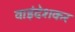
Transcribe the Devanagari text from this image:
वाइंदेशकर